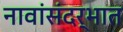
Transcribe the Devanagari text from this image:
नावांसंदर्भात